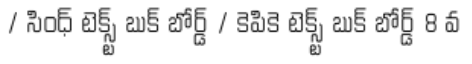
/ సింధ్ టెక్స్ట్ బుక్ బోర్డ్ / కెపికె టెక్స్ట్ బుక్ బోర్డ్ 8 వ